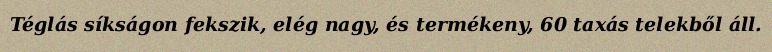
Téglás síkságon fekszik, elég nagy, és termékeny, 60 taxás telekből áll.